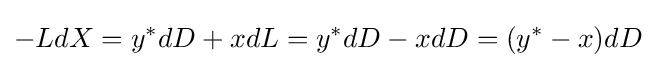
-LdX=y^{*}dD+xdL=y^{*}dD-xdD=(y^{*}-x)dD